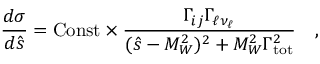
\frac { d \sigma } { d \hat { s } } = \mathrm { C o n s t } \times \frac { \Gamma _ { i j } \Gamma _ { \ell \nu _ { \ell } } } { ( \hat { s } - M _ { W } ^ { 2 } ) ^ { 2 } + M _ { W } ^ { 2 } \Gamma _ { \mathrm { t o t } } ^ { 2 } } ~ ~ ~ ,